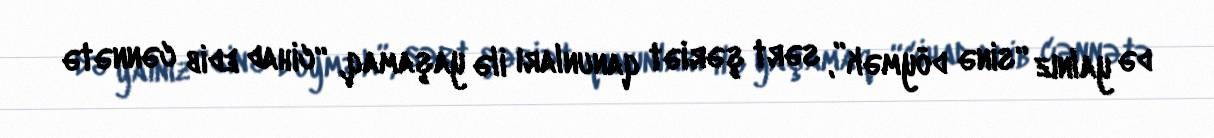
də yalnız “sinə döymək”, sərt şəriət qanunları ilə yaşamaq, “cihad edib cənnətə